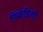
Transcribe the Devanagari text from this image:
पिकेडिली